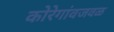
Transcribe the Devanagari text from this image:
कोरेगांवजवळ